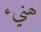
ھنيء